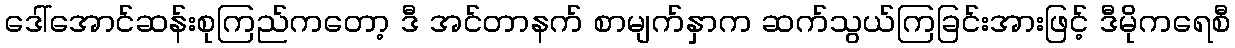
ဒေါ်အောင်ဆန်းစုကြည်ကတော့ ဒီ အင်တာနက် စာမျက်နှာက ဆက်သွယ်ကြခြင်းအားဖြင့် ဒီမိုကရေစီ